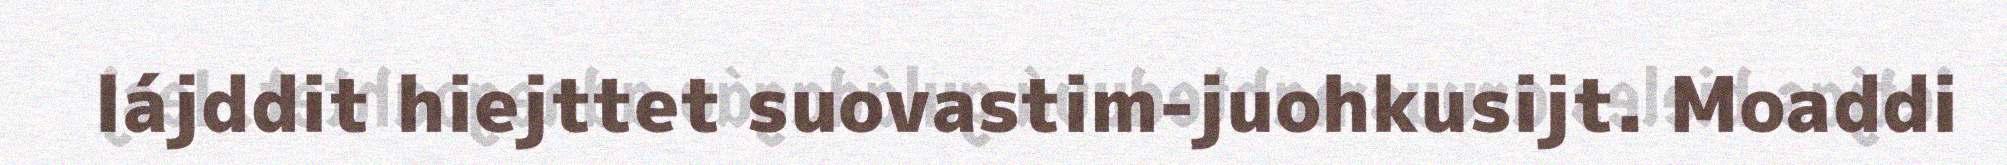
lájddit hiejttet suovastim-juohkusijt. Moaddi